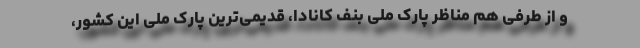
و از طرفی هم مناظر پارک ملی بنف کانادا، قدیمی‌ترین پارک ملی این کشور،